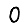
Digit: 0